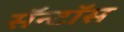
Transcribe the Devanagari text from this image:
सॅन्टाॅस